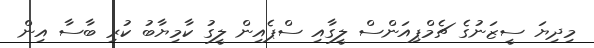
މިދިޔަ ސީޒަނުގެ ޗެމްޕިއަންސް ލީގާއި ސްޕެއިން ލީގު ކާމިޔާބު ކުރި ބާސާ އިން